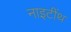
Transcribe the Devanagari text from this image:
नाइटींथ